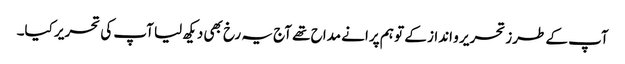
آپ کے طرز تحریر و انداز کے تو ہم پرانے مداح تھے آج یہ رخ بھی دیکھ لیا آپ کی تحریر کیا۔